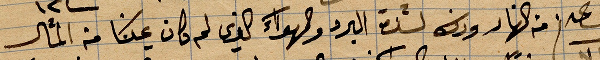
من النهار وذلك لشدة البرد والهواء الذي لم مكان عيشنا من المأكل